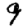
Digit: 9